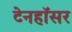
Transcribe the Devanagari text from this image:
टेनहॉसर